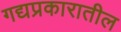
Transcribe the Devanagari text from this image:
गद्यप्रकारातील